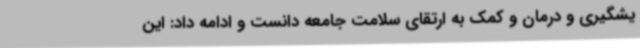
یشگیری و درمان و کمک به ارتقای سلامت جامعه دانست و ادامه داد: این